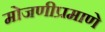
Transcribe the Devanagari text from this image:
मोजणीप्रमाणे